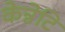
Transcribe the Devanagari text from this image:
केन्नेटि